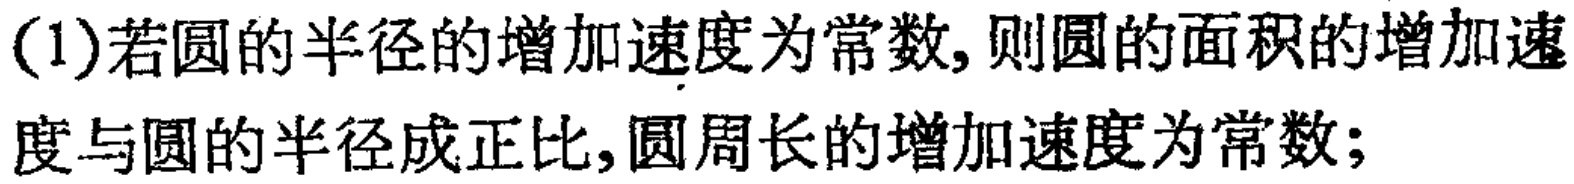
(1)若圆的半径的增加速度为常数,则圆的面积的增加速度与圆的半径成正比,圆周长的增加速度为常数;